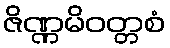
ဇိဏ္ဏမိဝတ္တစံ